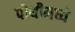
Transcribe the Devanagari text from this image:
पोथीमध्ये